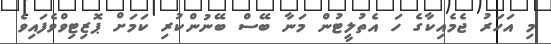
މި އަހަރު ޖެމެއިކާގެ ހަ އެތުލީޓުން މަނާ ބޭސް ބޭނުންކުރި ކަމަށް ޕޮޒިޓިވްވެފައިވެ